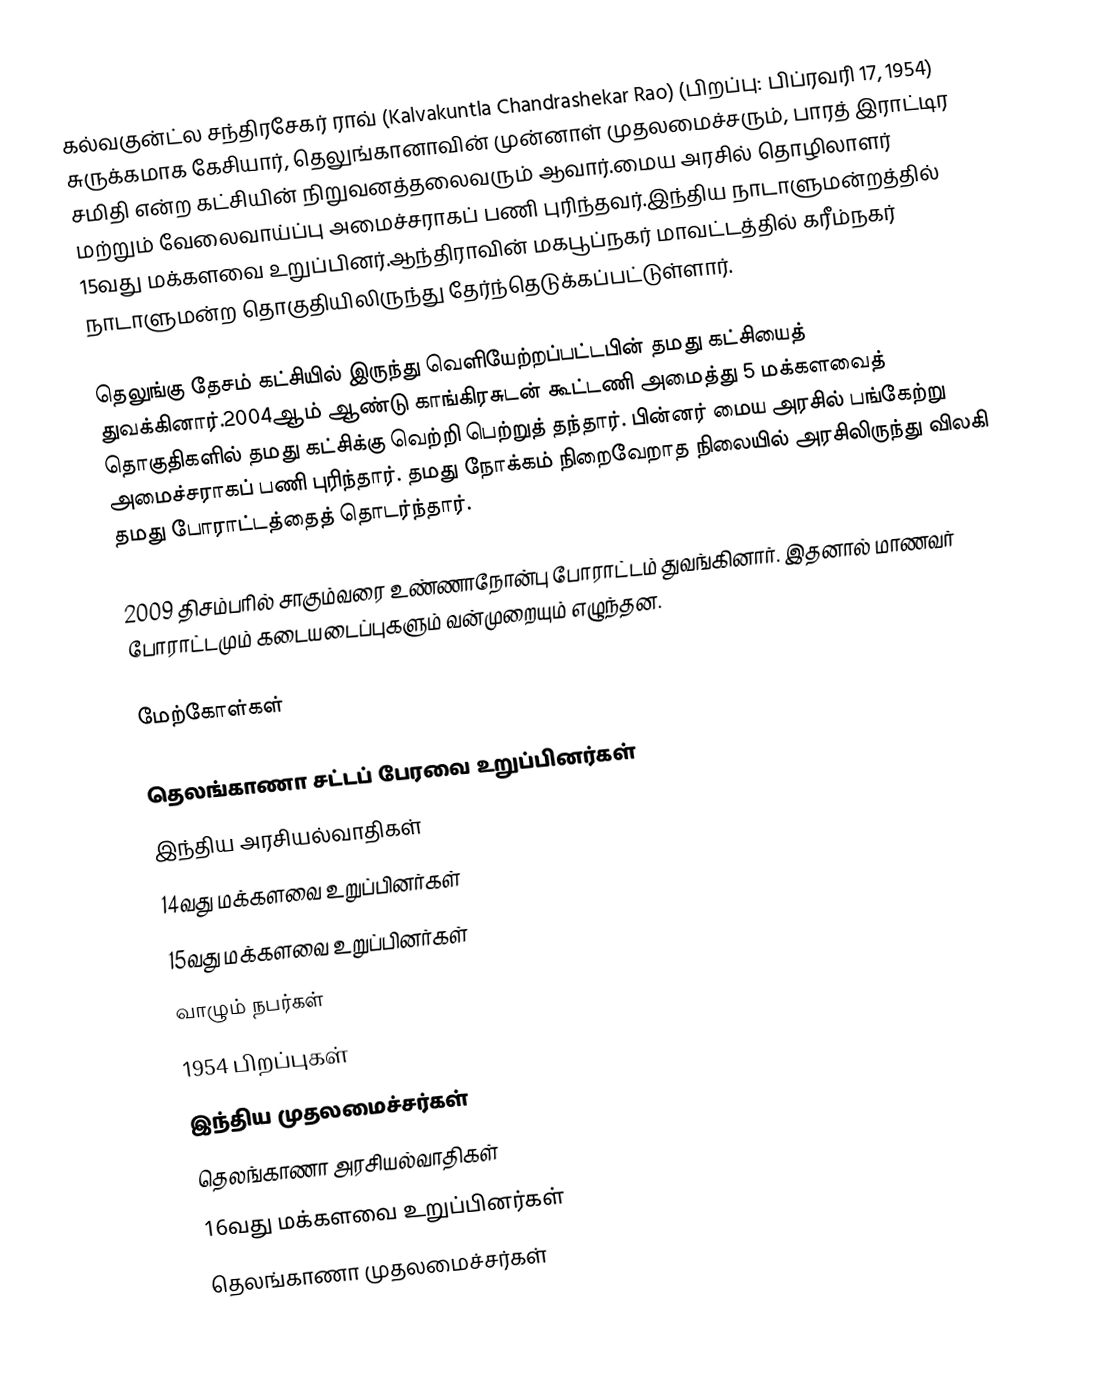
கல்வகுன்ட்ல சந்திரசேகர் ராவ் (Kalvakuntla Chandrashekar Rao) (பிறப்பு: பிப்ரவரி 17, 1954) சுருக்கமாக கேசியார், தெலுங்கானாவின் முன்னாள் முதலமைச்சரும், பாரத் இராட்டிர சமிதி என்ற கட்சியின் நிறுவனத்தலைவரும் ஆவார்.மைய அரசில் தொழிலாளர் மற்றும் வேலைவாய்ப்பு அமைச்சராகப் பணி புரிந்தவர்.இந்திய நாடாளுமன்றத்தில் 15வது மக்களவை உறுப்பினர்.ஆந்திராவின் மகபூப்நகர் மாவட்டத்தில் கரீம்நகர் நாடாளுமன்ற தொகுதியிலிருந்து தேர்ந்தெடுக்கப்பட்டுள்ளார்.

தெலுங்கு தேசம் கட்சியில் இருந்து வெளியேற்றப்பட்டபின் தமது கட்சியைத் துவக்கினார்.2004ஆம் ஆண்டு காங்கிரசுடன் கூட்டணி அமைத்து 5 மக்களவைத் தொகுதிகளில் தமது கட்சிக்கு வெற்றி பெற்றுத் தந்தார். பின்னர் மைய அரசில் பங்கேற்று அமைச்சராகப் பணி புரிந்தார். தமது நோக்கம் நிறைவேறாத நிலையில் அரசிலிருந்து விலகி தமது போராட்டத்தைத் தொடர்ந்தார்.

2009 திசம்பரில் சாகும்வரை உண்ணாநோன்பு போராட்டம் துவங்கினார். இதனால் மாணவர் போராட்டமும் கடையடைப்புகளும் வன்முறையும் எழுந்தன.

மேற்கோள்கள்

தெலங்காணா சட்டப் பேரவை உறுப்பினர்கள்
இந்திய அரசியல்வாதிகள்
14வது மக்களவை உறுப்பினர்கள்
15வது மக்களவை உறுப்பினர்கள்
வாழும் நபர்கள்
1954 பிறப்புகள்
இந்திய முதலமைச்சர்கள்
தெலங்காணா அரசியல்வாதிகள்
16வது மக்களவை உறுப்பினர்கள்
தெலங்காணா முதலமைச்சர்கள்